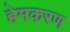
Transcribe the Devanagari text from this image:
हेमकरण